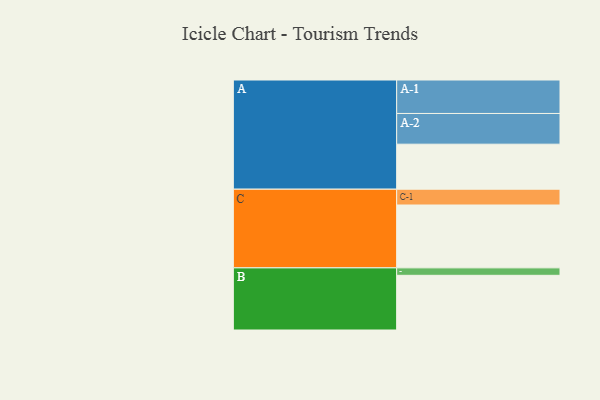
{"axis": {"x": "Segment", "y": "Value"}, "legend": ["", "A", "B", "C"], "data": [{"x": "A", "y": 308, "type": ""}, {"x": "B", "y": 374, "type": ""}, {"x": "C", "y": 430, "type": ""}, {"x": "A-1", "y": 229, "type": "A"}, {"x": "A-2", "y": 210, "type": "A"}, {"x": "B-1", "y": 51, "type": "B"}, {"x": "C-1", "y": 108, "type": "C"}]}